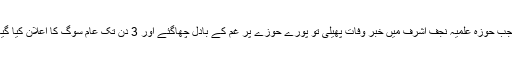
آقا ضیاء الدین عراقی نے 28 ذیقعدہ سن 1361 ہجری کو 83 برس کی عمر میں وفات پائی جب حوزہ علمیہ نجف اشرف میں خبر وفات پھیلی تو پورے حوزے پر غم کے بادل چھاگئے اور 3 دن تک عام سوگ کا اعلان کیا گیا اور آپ کا جنازہ بڑی شان سے اٹھا اور آپ کو صحن حرم امیر المؤمنین(ع) میں دفن کیا گیا۔